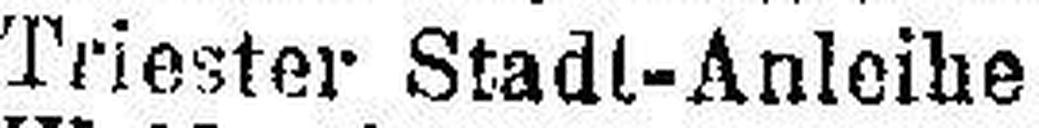
Triester Stadt-Anleihe